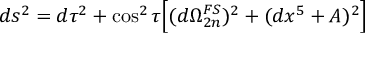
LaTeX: d s ^ { 2 } = d \tau ^ { 2 } + \cos ^ { 2 } \tau \Big [ ( d \Omega _ { 2 n } ^ { F S } ) ^ { 2 } + ( d x ^ { 5 } + A ) ^ { 2 } \Big ]